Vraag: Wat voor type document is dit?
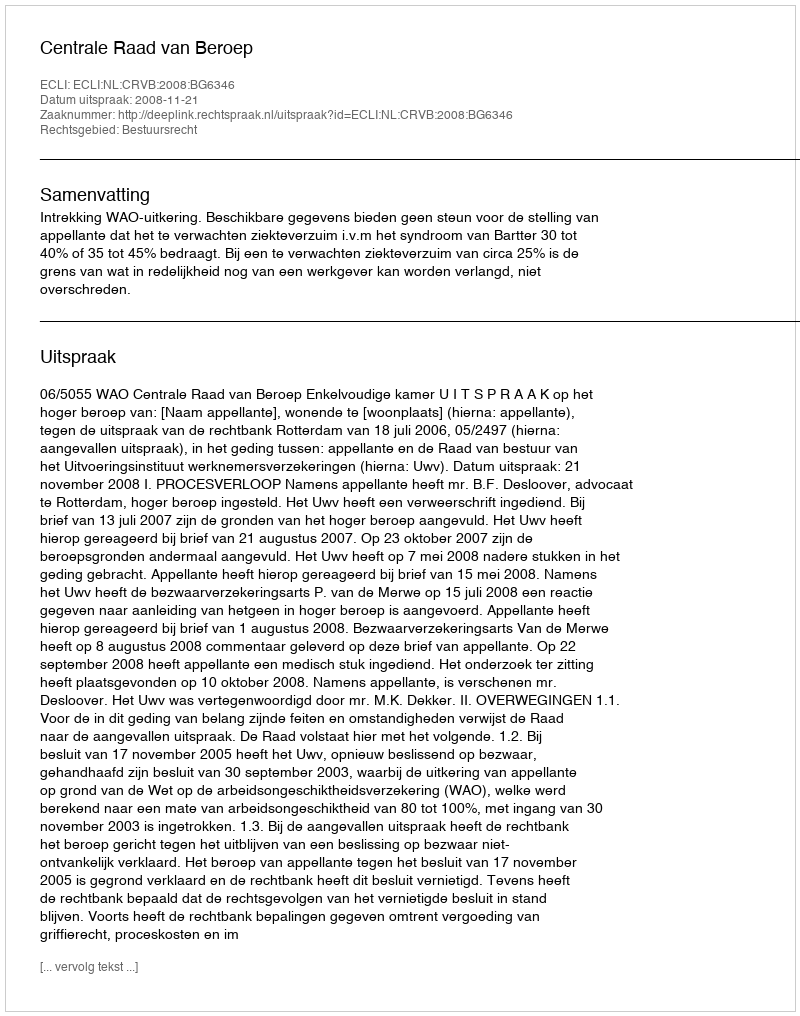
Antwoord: Uitspraak